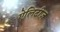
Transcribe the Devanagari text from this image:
ऐलिटीज़